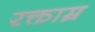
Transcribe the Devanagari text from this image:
रक्ताम्र